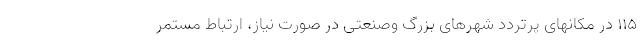
۱۱۵ در مکانهای پرتردد شهرهای بزرگ وصنعتی در صورت نیاز، ارتباط مستمر